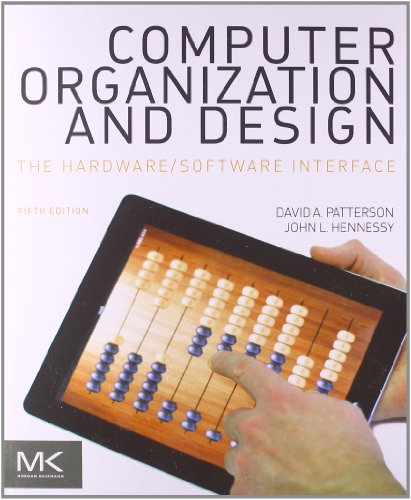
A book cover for Computer Organization and Design, Fifth Edition: The Hardware/Software Interface (The Morgan Kaufmann Series in Computer Architecture and Design); David A. Patterson; Engineering & Transportation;